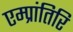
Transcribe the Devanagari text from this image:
एम्प्रांतिरि